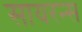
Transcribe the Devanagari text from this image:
सायरन्स